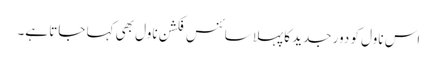
اس ناول کو دور جدید کا پہلا سائنس فکشن ناول بھی کہا جاتا ہے۔